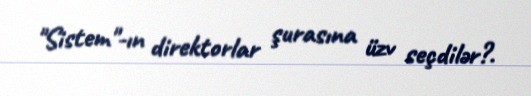
"Sistem"-ın direktorlar şurasına üzv seçdilər?.